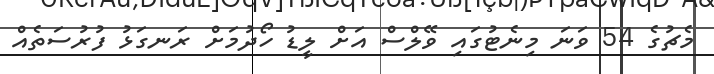
މެޗުގެ 54 ވަނަ މިނެޓުގައި ވޭލްސް އަށް ލީޑު ހޯދުމަށް ރަނގަޅު ފުރުސަތެއް